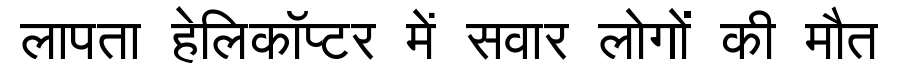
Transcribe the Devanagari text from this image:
लापता हेलिकॉप्टर में सवार लोगों की मौत